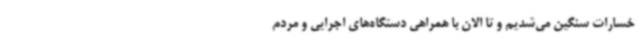
خسارات سنگین می‌شدیم و تا الان با همراهی دستگاه‌های اجرایی و مردم